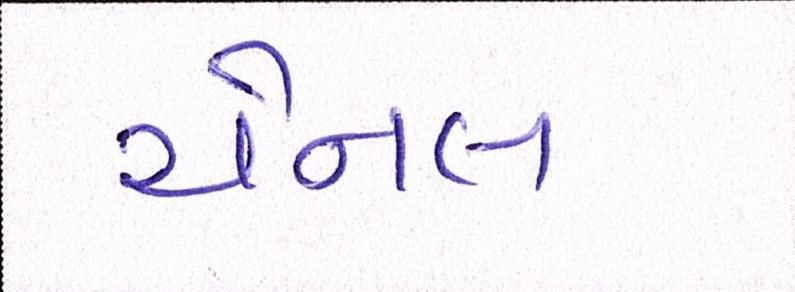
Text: ચેનલ